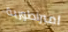
امبراطورية